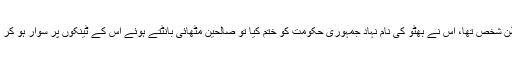
جنرل ضیا ایک مخلص اور محب وطن شخص تھا، اس نے بھٹو کی نام نہاد جمہوری حکومت کو ختم کیا تو صالحین مٹھائی بانٹتے ہوئے اس کے ٹینکوں پر سوار ہو کر کابینہ میں اپنی سیٹوں تک پہنچ گئے۔